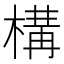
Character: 構